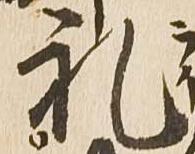
礼